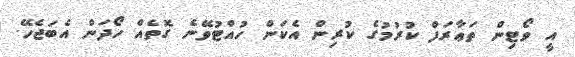
އީ ވޯޓިން ތަޢާރަފް ކުރުމުގެ ކުރިން އެކަން ހުއްޓުވޭނެ ގޮތެއް ހޯދަން އެބަޖެހޭ.